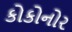
કોકોનોર